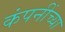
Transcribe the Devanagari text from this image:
कंपनींच्या